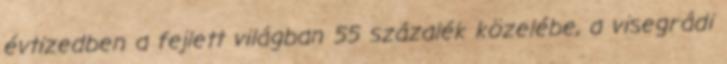
évtizedben a fejlett világban 55 százalék közelébe, a visegrádi